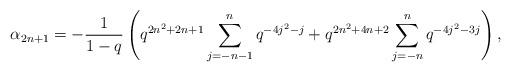
LaTeX: \begin{align*} \alpha_{2n+1} = -\frac{1}{1-q}\left(q^{2n^2+2n+1}\sum_{j=-n-1}^{n}q^{-4j^2-j} + q^{2n^2+4n+2}\sum_{j=-n}^{n}q^{-4j^2-3j}\right),\end{align*}